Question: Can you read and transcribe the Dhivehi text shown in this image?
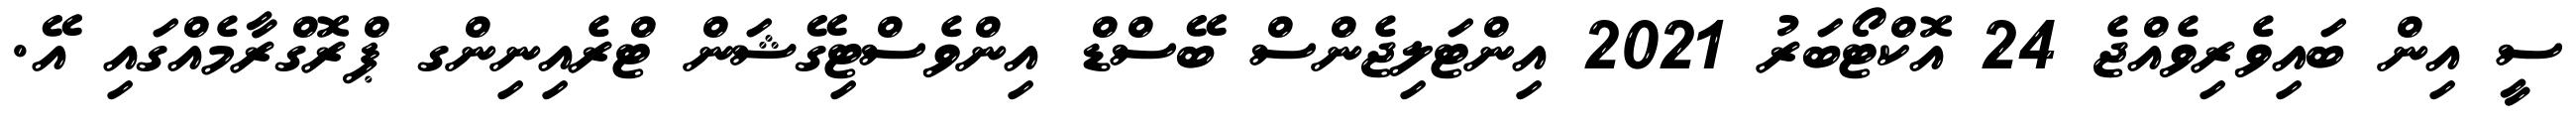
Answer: ސީ އިން ބައިވެރިވެއްޖެ 24 އޮކްޓޯބަރު 2021 އިންޓަލިޖެންސް ބޭސްޑް އިންވެސްޓިގޭޝަން ޓްރެއިނިންގ ޕްރޮގްރާމެއްގައި އޭ.